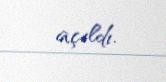
açıldı.